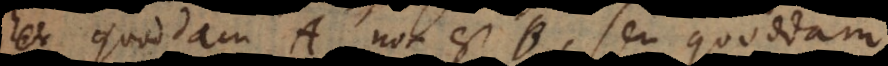
Et Quoddam A non est B, seu Quoddam